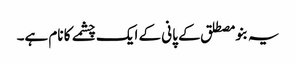
یہ بنو مصطلق کے پانی کے ایک چشمے کا نام ہے۔